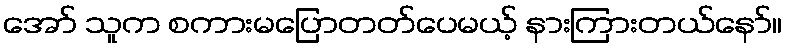
အော် သူက စကားမပြောတတ်ပေမယ့် နားကြားတယ်နော်။